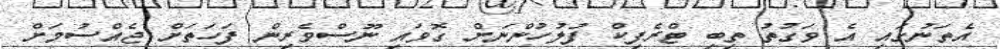
އެތަނުގައި އެ ވަގުތު ތިބި ޓްރެފިކް ފުލުހުންނަށް ގޮވައި ނޫސްވެރިން ފަހަތަށް ޖެއްސުމަށް